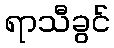
ရာသီခွင်